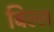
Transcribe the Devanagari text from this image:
बिल्ल